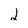
Character: 2